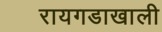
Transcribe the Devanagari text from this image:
रायगडाखाली